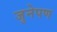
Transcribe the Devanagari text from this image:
जुनेपण